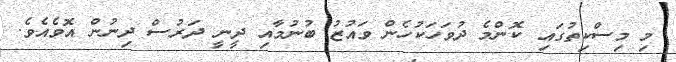
މި މިސްކިތުގައި ކޮންމެ ދުވަހަކުހެން ވައުޒު ބުނުމާއި ދީނީ ދަރުސް ދިނުން އޮވެއެވެ.